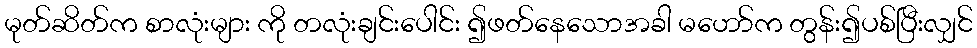
မုတ်ဆိတ်က စာလုံးများ ကို တလုံးချင်းပေါင်း ၍ဖတ်နေသောအခါ မဟော်က တွန်း၍ပစ်ပြီးလျှင်